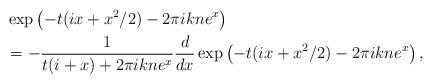
LaTeX: \begin{align*}&\exp\left(-t(ix+x^2/2)-2\pi ikne^x\right) \\&= -\frac{1}{t(i+x)+2\pi ikne^x} \frac{d}{dx} \exp\left(-t(ix+x^2/2)-2\pi ikne^x\right),\end{align*}